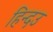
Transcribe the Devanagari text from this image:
हिन्दउ